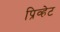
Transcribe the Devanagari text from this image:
प्रिव्हेट